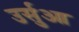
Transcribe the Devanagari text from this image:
उर्सुआ